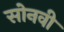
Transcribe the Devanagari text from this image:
सोनवी